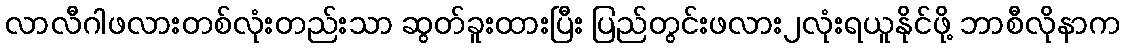
လာလီဂါဖလားတစ်လုံးတည်းသာ ဆွတ်ခူးထားပြီး ပြည်တွင်းဖလား၂လုံးရယူနိုင်ဖို့ ဘာစီလိုနာက